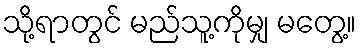
သို့ရာတွင် မည်သူ့ကိုမျှ မတွေ့။